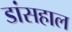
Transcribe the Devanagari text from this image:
डांसहाल